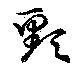
頸